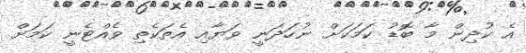
އެ ކުދިން މާ ބޮޑު ކަމަކަށް ނުހަދަނީ ވަޔާއި އެތަކެތި ވެއްޓެނީ ކަމަށް